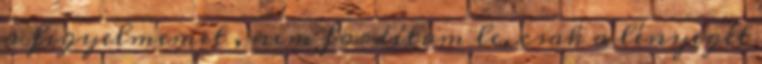
a figyelmemet , nem fordítom le, csak a lényegét